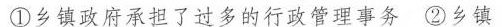
①乡镇政府承担了过多的行政管理事务②乡镇